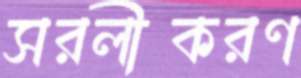
সরলীকরণ